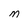
Character: M